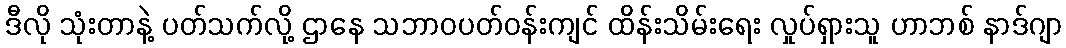
ဒီလို သုံးတာနဲ့ ပတ်သက်လို့ ဌာနေ သဘာဝပတ်ဝန်းကျင် ထိန်းသိမ်းရေး လှုပ်ရှားသူ ဟာဘစ် နာဒ်ဂျာ